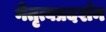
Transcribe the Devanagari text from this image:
नेतृत्वप्रदर्शन